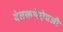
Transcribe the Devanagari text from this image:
दंतकथेऐवजी